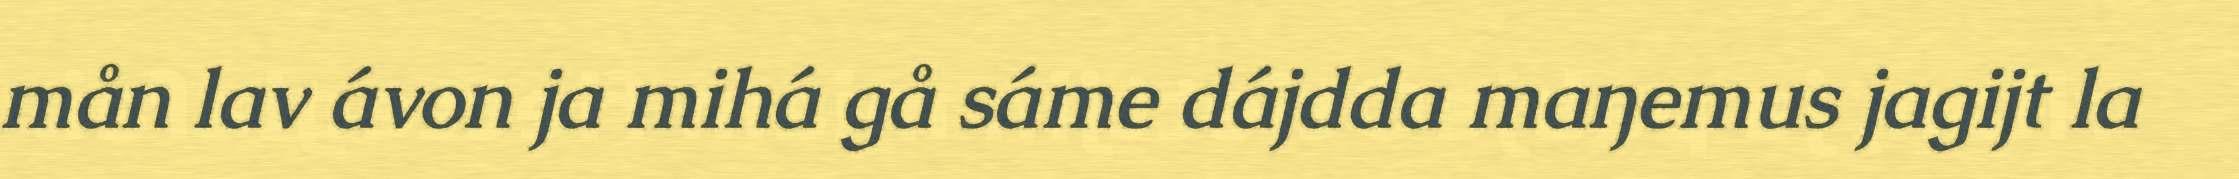
mån lav ávon ja mihá gå sáme dájdda maŋemus jagijt la